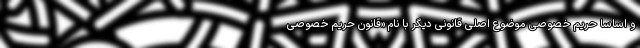
و اساسا حریم خصوصی موضوع اصلی قانونی دیگر با نام «قانون حریم خصوصی